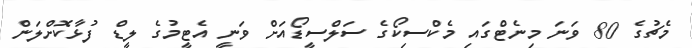
މެޗުގެ 80 ވަނަ މިނެޓްގައި މެކްސިކޯގެ ސަލްސީޑޯއަށް ވަނީ އެޓީމުގެ ލީޑް ފުޅާކޮށްލަން